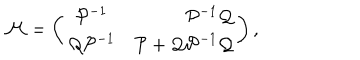
{ \cal M } = \left( \begin{array} { c r c } { { { \cal P } ^ { - 1 } } } & { { { \cal P } ^ { - 1 } { \cal Q } } } \\ { { { \cal Q } { \cal P } ^ { - 1 } } } & { { { \cal P } + { \cal Q } { \cal P } ^ { - 1 } { \cal Q } } } \\ \end{array} \right) ,